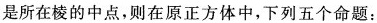
是所在棱的中点，则在原正方体中，下列五个命题：